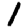
Digit: 1